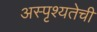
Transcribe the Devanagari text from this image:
अस्पृश्‍यतेची